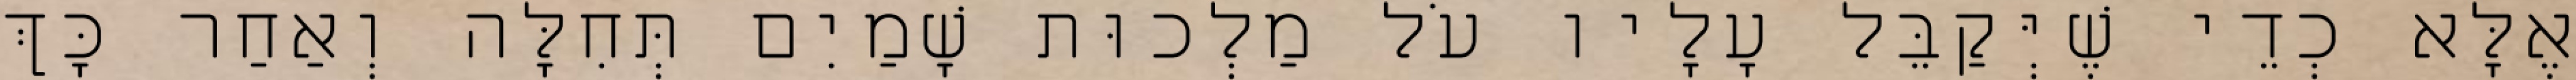
אֶלָּא כְדֵי שֶׁיְּקַבֵּל עָלָיו עֹל מַלְכוּת שָׁמַיִם תְּחִלָּה וְאַחַר כָּךְ